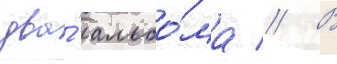
два́ альбо́ма // В